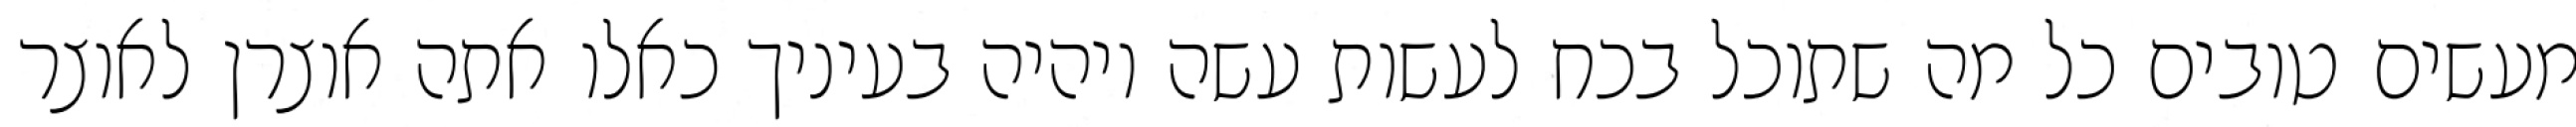
מעשים טובים כל מה שתוכל בכח לעשות עשה ויהיה בעיניך כאלו אתה אוצרן לאוצר